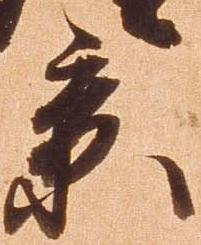
景